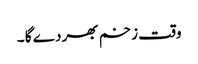
وقت زخم بھر دے گا ۔